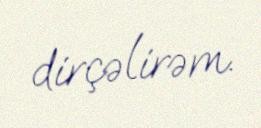
dirçəlirəm.